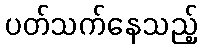
ပတ်သက်နေသည့်